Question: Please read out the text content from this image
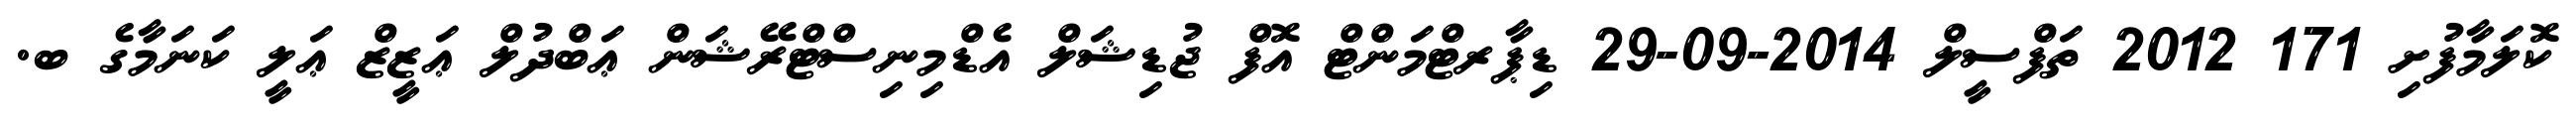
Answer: ކޮލަމާފުށި 171 2012 ތަފްސީލް 2014-09-29 ޑިޕާރޓްމަންޓް އޮފް ޖުޑިޝަލް އެޑްމިނިސްޓްރޭޝަން ޢަބްދުލް ޢަޒީޒް ޢަލީ ކަނަމާގެ ބ.